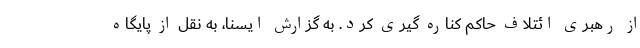
از رهبری ائتلاف حاکم کناره گیری کرد. به گزارش ایسنا، به نقل از پایگاه